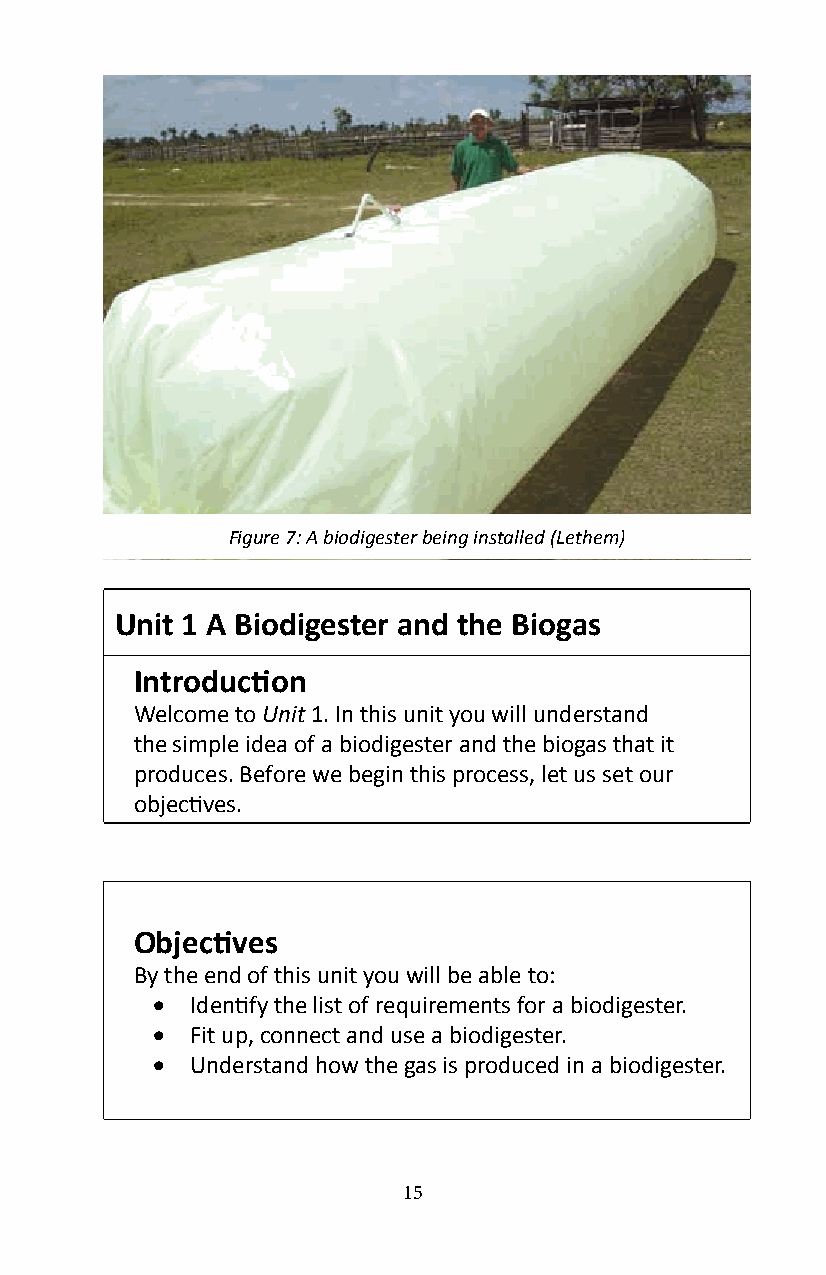
Figure 7: A biodigester being installed (Lethem)
 Unit 1 A Biodigester and the Biogas
 Introduction
 Welcome to Unit 1� In this unit you will understand
 the simple idea of a biodigester and the biogas that it
 produces� Before we begin this process, let us set our
 objectives.
 Objectives
 By the end of this unit you will be able to:
 •  Identify the list of requirements for a biodigester.
 •  Fit up, connect and use a biodigester�
 •  Understand how the gas is produced in a biodigester�
 15